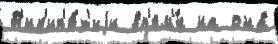
В'ик'ип'е́д'иjи вр'ем'́н на она́